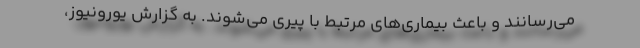
می‌رسانند و باعث بیماری‌های مرتبط با پیری می‌شوند. به گزارش یورونیوز،